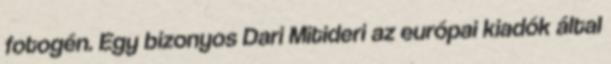
fotogén. Egy bizonyos Dari Mitideri az európai kiadók által